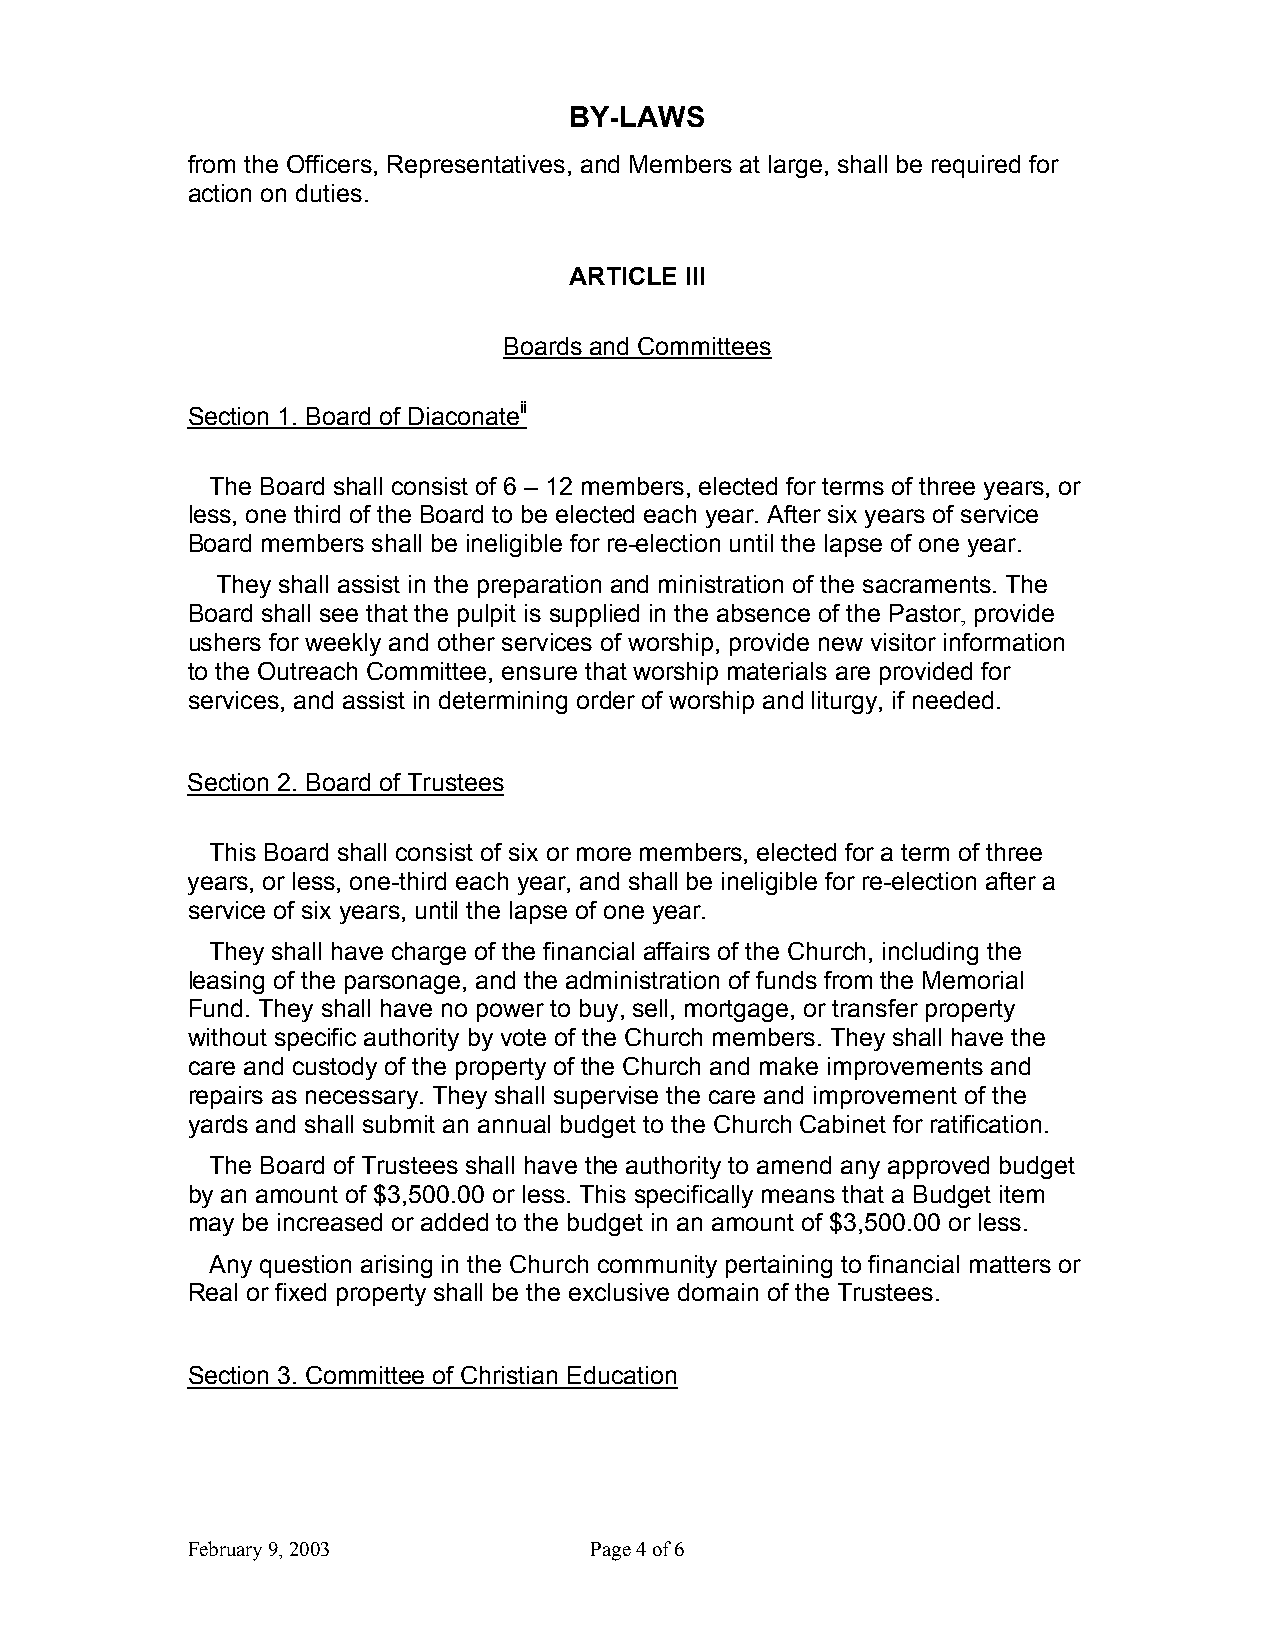
BY-LAWS
 from the Officers, Representatives, and Members at large, shall be required for
 action on duties.
 ARTICLE III
 Boards and Committees
 Section 1. Board of Diaconateii
 The Board shall consist of 6 – 12 members, elected for terms of three years, or
 less, one third of the Board to be elected each year. After six years of service
 Board members shall be ineligible for re-election until the lapse of one year.
 They shall assist in the preparation and ministration of the sacraments. The
 Board shall see that the pulpit is supplied in the absence of the Pastor, provide
 ushers for weekly and other services of worship, provide new visitor information
 to the Outreach Committee, ensure that worship materials are provided for
 services, and assist in determining order of worship and liturgy, if needed.
 Section 2. Board of Trustees
 This Board shall consist of six or more members, elected for a term of three
 years, or less, one-third each year, and shall be ineligible for re-election after a
 service of six years, until the lapse of one year.
 They shall have charge of the financial affairs of the Church, including the
 leasing of the parsonage, and the administration of funds from the Memorial
 Fund. They shall have no power to buy, sell, mortgage, or transfer property
 without specific authority by vote of the Church members. They shall have the
 care and custody of the property of the Church and make improvements and
 repairs as necessary. They shall supervise the care and improvement of the
 yards and shall submit an annual budget to the Church Cabinet for ratification.
 The Board of Trustees shall have the authority to amend any approved budget
 by an amount of $3,500.00 or less. This specifically means that a Budget item
 may be increased or added to the budget in an amount of $3,500.00 or less.
 Any question arising in the Church community pertaining to financial matters or
 Real or fixed property shall be the exclusive domain of the Trustees.
 Section 3. Committee of Christian Education
 February 9, 2003           Page 4 of 6